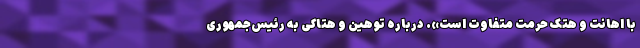
با اهانت و هتک حرمت متفاوت است». درباره توهین و هتاکی به رئیس‌جمهوری